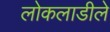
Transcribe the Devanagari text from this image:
लोकलाडीले